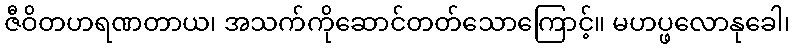
ဇီဝိတဟရဏတာယ၊ အသက်ကိုဆောင်တတ်သောကြောင့်။ မဟပ္ဖလောနုခေါ၊